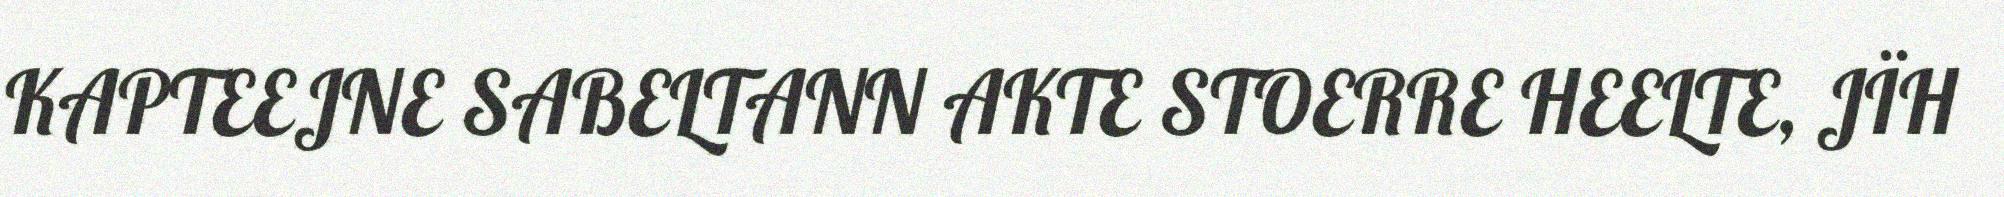
KAPTEEJNE SABELTANN AKTE STOERRE HEELTE, JÏH